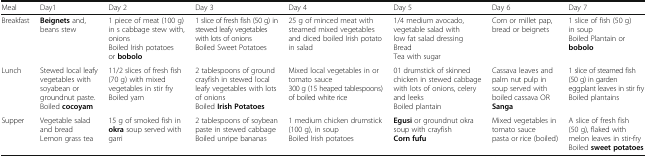
<table><thead><tr><td><b>Meal</b></td><td><b>Day1</b></td><td><b>Day 2</b></td><td><b>Day 3</b></td><td><b>Day 4</b></td><td><b>Day 5</b></td><td><b>Day 6</b></td><td><b>Day 7</b></td></tr></thead><tbody><tr><td>Breakfast</td><td><b>Beignets</b> and, beans stew</td><td>1 piece of meat (100 g) in s cabbage stew with, onionsBoiled Irish potatoes or <b>bobolo</b></td><td>1 slice of fresh fish (50 g) in stewed leafy vegetables with lots of onionsBoiled Sweet Potatoes</td><td>25 g of minced meat with steamed mixed vegetables and diced boiled Irish potato in salad</td><td>1/4 medium avocado, vegetable salad with low fat salad dressingBreadTea with sugar</td><td>Corn or millet pap, bread or beignets</td><td>1 slice of fish (50 g) in soupBoiled Plantain or <b>bobolo</b></td></tr><tr><td>Lunch</td><td>Stewed local leafy vegetables with soyabean or groundnut paste.Boiled <b>cocoyam</b></td><td>11/2 slices of fresh fish (70 g) with mixed vegetables in stir fryBoiled yam</td><td>2 tablespoons of ground crayfish in stewed local leafy vegetables with lots of onionsBoiled <b>Irish Potatoes</b></td><td>Mixed local vegetables in or tomato sauce300 g (15 heaped tablespoons) of boiled white rice</td><td>01 drumstick of skinned chicken in stewed cabbage with lots of onions, celery and leeksBoiled plantain</td><td>Cassava leaves and palm nut pulp in soup served with boiled cassava OR <b>Sanga</b></td><td>1 slice of steamed fish (50 g) in garden eggplant leaves in stir fryBoiled plantains</td></tr><tr><td>Supper</td><td>Vegetable salad and breadLemon grass tea</td><td>15 g of smoked fish in <b>okra</b> soup served with garri</td><td>2 tablespoons of soybean paste in stewed cabbageBoiled unripe bananas</td><td>1 medium chicken drumstick (100 g), in soupBoiled Irish potatoes</td><td><b>Egusi</b> or groundnut okra soup with crayfish<b>Corn fufu</b></td><td>Mixed vegetables in tomato saucepasta or rice (boiled)</td><td>A slice of fresh fish (50 g), flaked with melon leaves in stir-fryBoiled <b>sweet potatoes</b></td></tr></tbody></table>